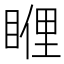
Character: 𥈯